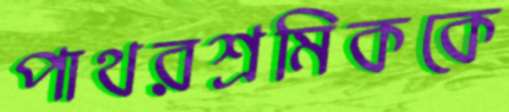
পাথরশ্রমিককে